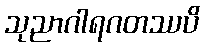
သုညာဂါရဂတဿပိ